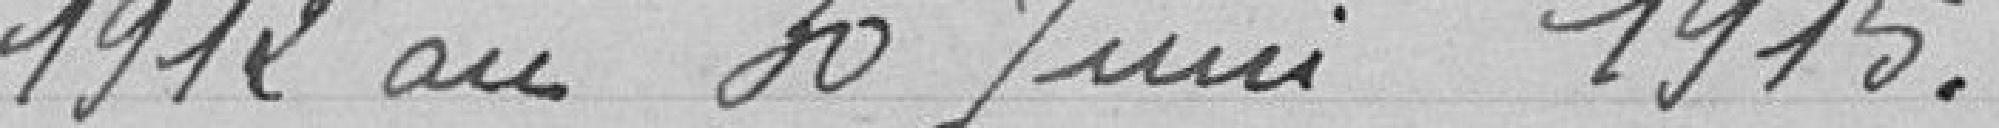
1912 au 30 juin 1915.